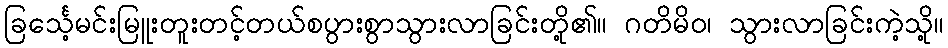
ခြင်္သေ့မင်းမြူးတူးတင့်တယ်စပွားစွာသွားလာခြင်းတို့၏။ ဂတိမိဝ၊ သွားလာခြင်းကဲ့သို့။